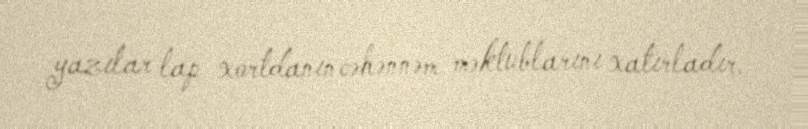
yazılar lap xortdanın cəhənnəm məktublarını xatırladır.